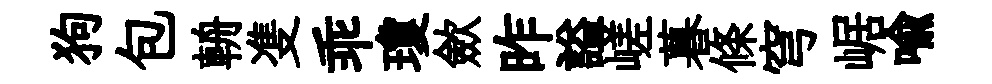
狗包輈㕠乖瓊歛昨謚嵯暮條穹崌喻